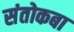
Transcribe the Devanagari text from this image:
संतोकबा